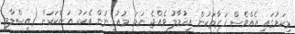
މިކަމުގައި އެއްވެސް ފަރާތަކުން އިހުމާލު ވެއްޖެ ނަމަ މުއުމިނުން އެކަކު އަނެކަކަށް (އިސްލާމީ